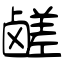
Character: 鹾